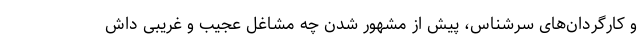
و کارگردان‌های سرشناس، پیش از مشهور شدن چه مشاغل عجیب و غریبی داش